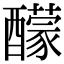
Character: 䤓